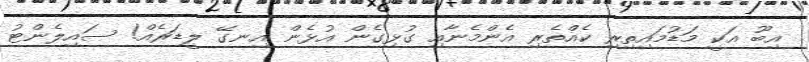
އިބޫ އަކީ މަޑުމައިތިރި ކެއްތެރި އެންމެނާއި ގުޅިގެން އުޅެން އިނގޭ ލީޑަރެއް! ސައިލެންޓު